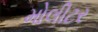
મોલીટર